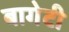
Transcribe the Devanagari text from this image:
बागेटी